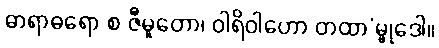
ဓာရာဓရော စ ဇီမူတော၊ ဝါရိဝါဟော တထာ’မ္ဗုဒေါ။